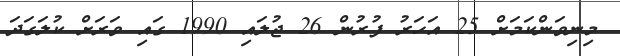
މިނިވަންކަމަށް 25 އަހަރު ފުރުން 26 ޖުލައި 1990 ގައި ވަރަށް ކުލަގަދަ